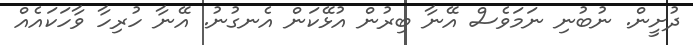
ދުށީން. ނުބުނި ނަމަވެސް އޭނާ ބިރުން އުޅޭކަން އެނގުނު. އޭނާ ހުރިހާ ވާހަކައެއް